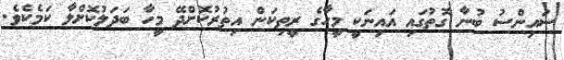
ސައިންސު ބުނާ ގޮތުގައި އައިނަކީ މީހާގެ ރީތިކަން އިތުރުކޮށްދޭ މީހާ ބަދަލުކޮށްލާ ކަމެކެވެ.